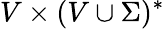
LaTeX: V\times(V\cup\Sigma)^{*}